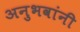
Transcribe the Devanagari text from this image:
अनुभवांनी